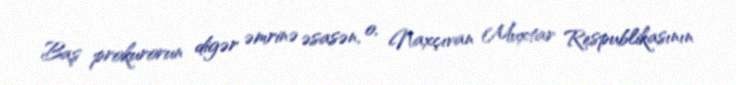
Baş prokurorun digər əmrinə əsasən, o, Naxçıvan Muxtar Respublikasının